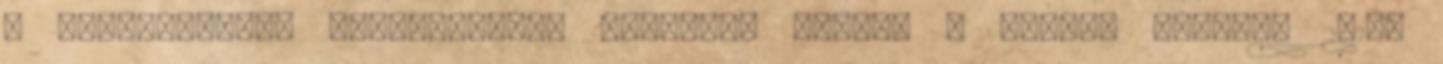
a szócikkekben kifejezetten ártalmas lenne. – Pagony foxhole 2018.